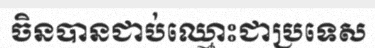
ចិនបានជាប់ឈ្មោះជាប្រទេស